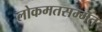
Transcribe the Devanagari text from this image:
लोकमतसम्मत